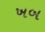
ખબ